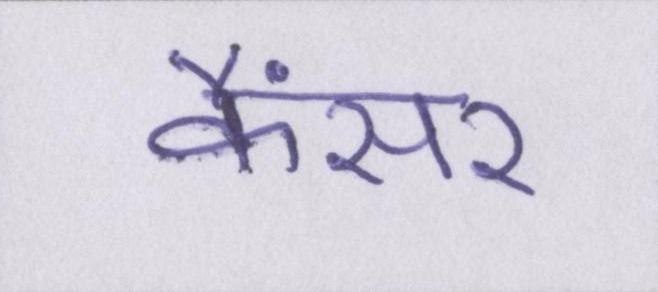
कैंसर